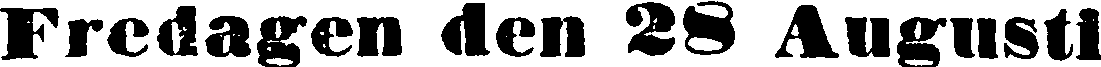
Fredagen den 28 Augusti